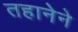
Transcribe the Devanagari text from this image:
तहानेने